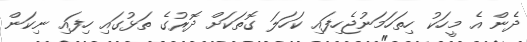
ދެން އެ މީހަކު ހިތަހަމަނުޖެހިފައި ކަހަލަ ގޮތަކަށް ދޮރުގެ ތަޅުގައި ހިފައި ނިކަން